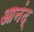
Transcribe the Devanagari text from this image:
आनंद्